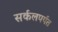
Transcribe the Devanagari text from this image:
सर्कलपर्यत